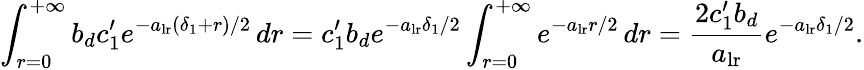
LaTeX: \int_{r=0}^{+\infty}b_{d}c_{1}^{\prime}e^{-a_{\mathrm{lr}}(\delta_{1}+r)/2}\, dr=c_{1}^{\prime}b_{d}e^{-a_{\mathrm{lr}}\delta_{1}/2}\int_{r=0}^{+\infty}e^{-a_{{\mathrm{lr}}}r/2}\, dr=\frac{2c_{1}^{\prime}b_{d}}{a_{\mathrm{lr}}}e^{-a_{\mathrm{lr}}\delta_{1}/2}.